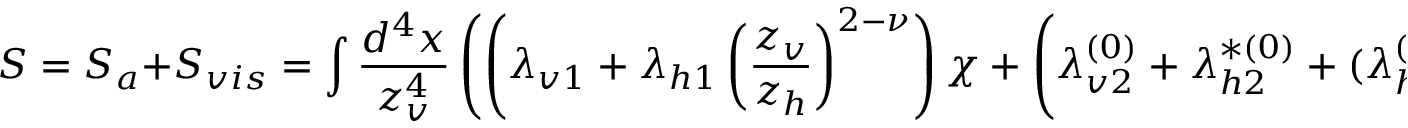
S = S _ { a } + S _ { v i s } = \int \frac { d ^ { 4 } x } { z _ { v } ^ { 4 } } \left( \left( \lambda _ { v 1 } + \lambda _ { h 1 } \left( \frac { z _ { v } } { z _ { h } } \right) ^ { 2 - \nu } \right) \chi + \left( \lambda _ { v 2 } ^ { ( 0 ) } + \lambda _ { h 2 } ^ { * ( 0 ) } + ( \lambda _ { h 2 } ^ { ( 0 ) } - \lambda _ { 2 } ^ { * ( 0 ) } ) \left( \frac { z _ { v } } { z _ { h } } \right) ^ { - 2 \nu } \right) \frac { \chi ^ { 2 } } { 2 } \right) .